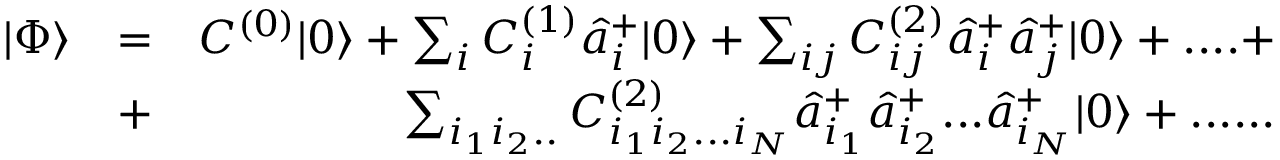
\begin{array} { r l r } { | \Phi \rangle } & { = } & { C ^ { ( 0 ) } | 0 \rangle + \sum _ { i } C _ { i } ^ { ( 1 ) } \hat { a } _ { i } ^ { + } | 0 \rangle + \sum _ { i j } C _ { i j } ^ { ( 2 ) } \hat { a } _ { i } ^ { + } \hat { a } _ { j } ^ { + } | 0 \rangle + . . . . + } \\ & { + } & { \sum _ { i _ { 1 } i _ { 2 } . . } C _ { i _ { 1 } i _ { 2 } . . . i _ { N } } ^ { ( 2 ) } \hat { a } _ { i _ { 1 } } ^ { + } \hat { a } _ { i _ { 2 } } ^ { + } . . . \hat { a } _ { i _ { N } } ^ { + } | 0 \rangle + . . . . . . } \end{array}